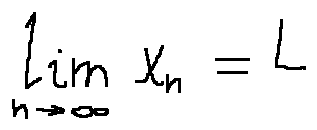
\lim \limits _ { n \rightarrow \infty } x _ { n } = L